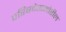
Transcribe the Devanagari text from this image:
परिषदेसमोरील